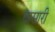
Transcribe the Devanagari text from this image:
दासारी